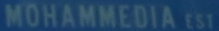
MÖHAMMEDIA EST